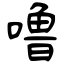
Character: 噜